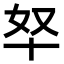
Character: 𫧞